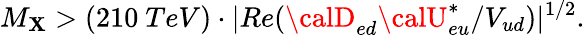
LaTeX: M_{\mathbf{X}}>(210~TeV)\cdot|Re({{\calD}_{ed}{\calU}_{eu}^{*}}/{V_{ud}})|^{1/2}.